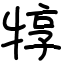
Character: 犉